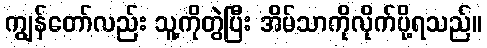
ကျွန်တော်လည်း သူ့ကိုတွဲပြီး အိမ်သာကိုလိုက်ပို့ရသည်။